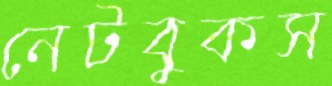
নেটবুকস